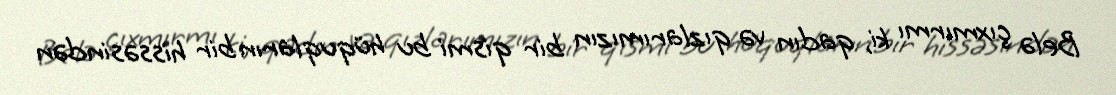
Belə çıxmırmı ki, qadın və qızlarımızın bir qismi bu hüquqların bir hissəsindən